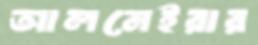
আলমেইরার